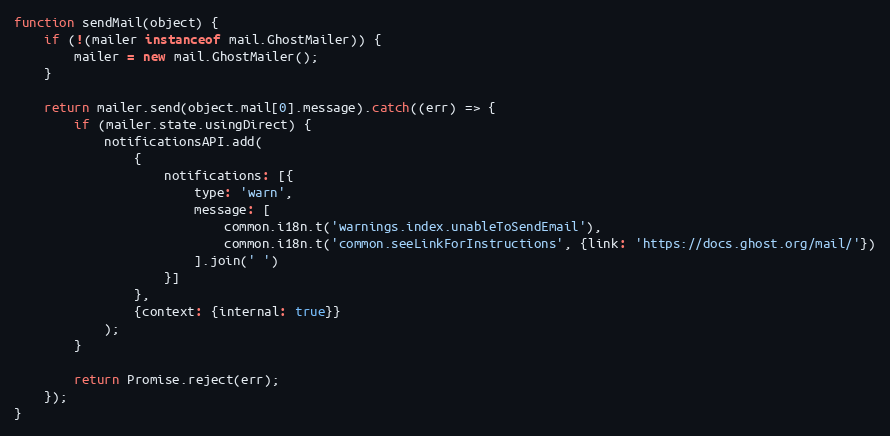
Language: JavaScript
function sendMail(object) {
    if (!(mailer instanceof mail.GhostMailer)) {
        mailer = new mail.GhostMailer();
    }

    return mailer.send(object.mail[0].message).catch((err) => {
        if (mailer.state.usingDirect) {
            notificationsAPI.add(
                {
                    notifications: [{
                        type: 'warn',
                        message: [
                            common.i18n.t('warnings.index.unableToSendEmail'),
                            common.i18n.t('common.seeLinkForInstructions', {link: 'https://docs.ghost.org/mail/'})
                        ].join(' ')
                    }]
                },
                {context: {internal: true}}
            );
        }

        return Promise.reject(err);
    });
}